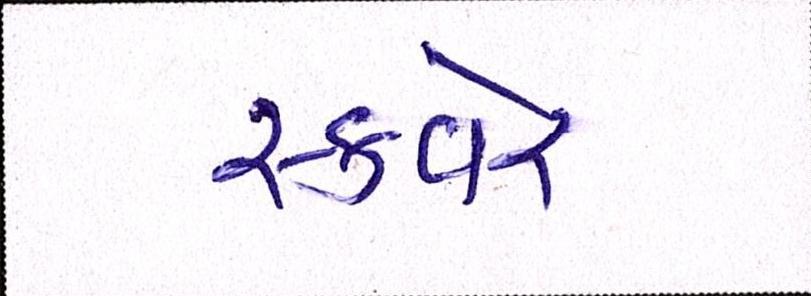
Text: સ્કવેર